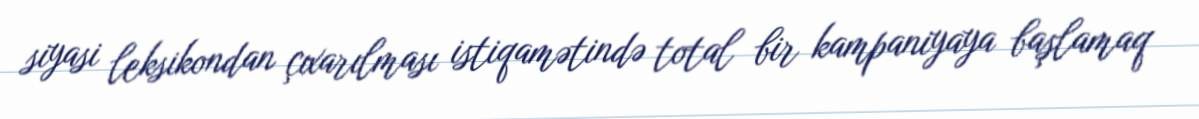
siyasi leksikondan çıxarılması istiqamətində total bir kampaniyaya başlamaq